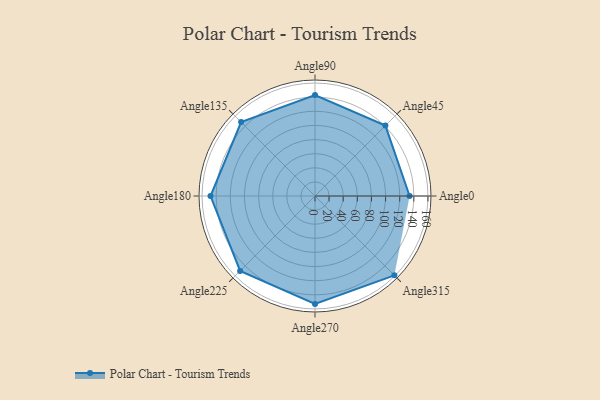
{"axis": {"x": "Angle", "y": "Radius"}, "legend": [""], "data": [{"x": "Angle0", "y": 134.0, "type": ""}, {"x": "Angle45", "y": 141.0, "type": ""}, {"x": "Angle90", "y": 143.0, "type": ""}, {"x": "Angle135", "y": 148.0, "type": ""}, {"x": "Angle180", "y": 148.0, "type": ""}, {"x": "Angle225", "y": 150.0, "type": ""}, {"x": "Angle270", "y": 153.0, "type": ""}, {"x": "Angle315", "y": 159.0, "type": ""}]}